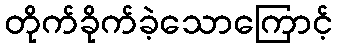
တိုက်ခိုက်ခဲ့သောကြောင့်